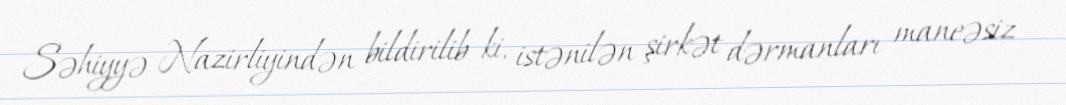
Səhiyyə Nazirliyindən bildirilib ki, istənilən şirkət dərmanları maneəsiz